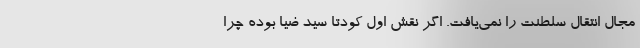
مجال انتقال سلطنت را نمی‌یافت. اگر نقش اول کودتا سید ضیا بوده چرا